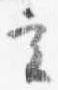
実